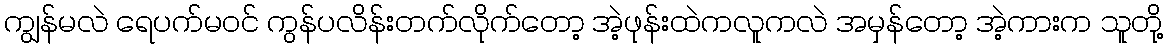
ကျွန်မလဲ ရေပက်မ၀င် ကွန်ပလိန်းတက်လိုက်တော့ အဲ့ဖုန်းထဲကလူကလဲ အမှန်တော့ အဲ့ကားက သူတို့